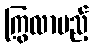
ကြွလာမည့်